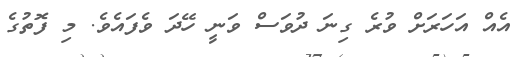
އެއް އަހަރަށް ވުރެ ގިނަ ދުވަސް ވަނީ ހޭދަ ވެފައެވެ. މި ފޮތުގެ